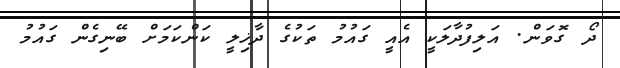
ދޯ ގޮވަން. އަލިފުދާލަކީ އެއީ ގައުމު ތަކުގެ ދާޚިލީ ކަންކަމަށް ބޭނިގެން ގައުމު